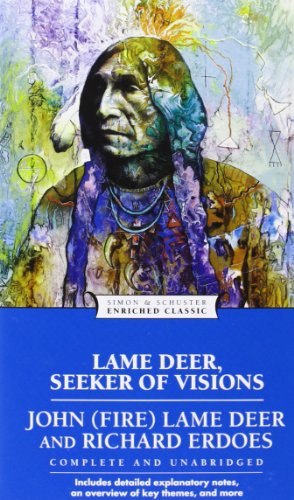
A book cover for Lame Deer, Seeker of Visions (Enriched Classics); Richard Erdoes; Biographies & Memoirs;